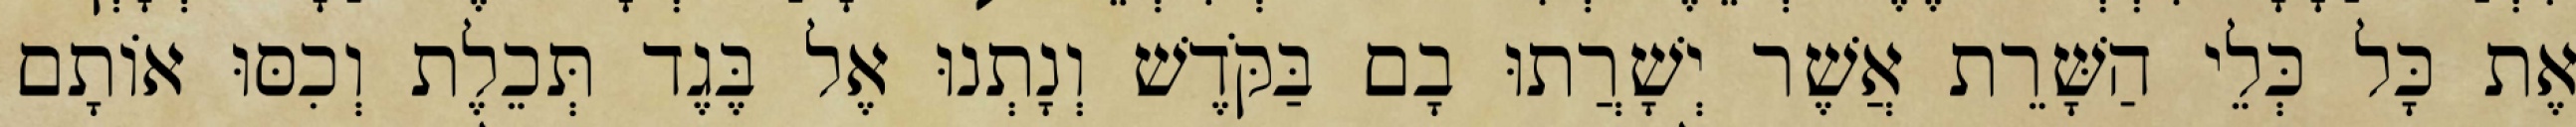
אֶת כָּל כְּלֵי הַשָּׁרֵת אֲשֶׁר יְשָׁרֲתוּ בָם בַּקֹּדֶשׁ וְנָתְנוּ אֶל בֶּגֶד תְּכֵלֶת וְכִסּוּ אוֹתָם